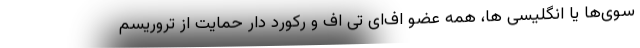
سوی‌ها یا انگلیسی ها، همه عضو اف‌ای تی اف و رکورد دار حمایت از تروریسم